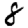
Digit: 8